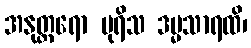
အနုတ္တရော ပုရိသ ဒမ္မသာရထိ၊